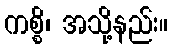
ကစ္စိ၊ အသို့နည်း။